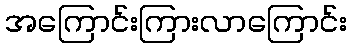
အကြောင်းကြားလာကြောင်း